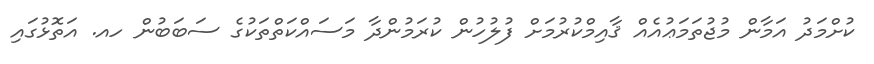
ކުށްމަދު އަމާން މުޖުތަމަޢުއެއް ޤާއިމްކުރުމަށް ފުލުހުން ކުރަމުންދާ މަސައްކަތްތަކުގެ ސަބަބުން ހއ. އަތޮޅުގައި